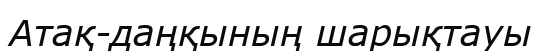
Атақ-даңқының шарықтауы